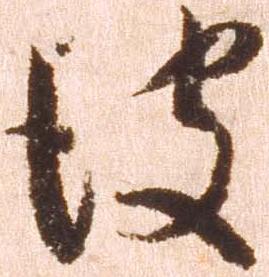
彼